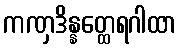
ကဏှဒိန္နတ္ထေရဂါထာ